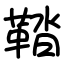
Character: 鞜